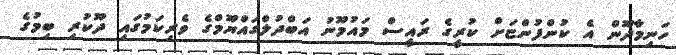
ހަނިމާދޫން އެ ކުންފުންޏަށް ކުރީގެ ރައީސް މައުމޫނު އަބްދުލްގައްޔޫމްގެ ވެރިކަމުގައި ދޫކުރި ބިމުގެ